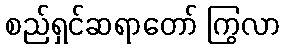
စည်ရှင်ဆရာတော် ကြွလာ